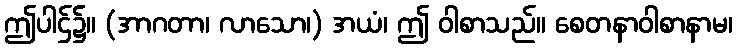
ဤပါဌ်၌။ (အာဂတာ၊ လာသော၊) အယံ၊ ဤ ဝါစာသည်။ စေတနာဝါစာနာမ၊